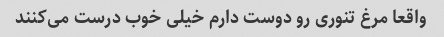
واقعا مرغ تنوری رو دوست دارم خیلی خوب درست می‌کنند